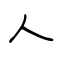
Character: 人